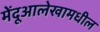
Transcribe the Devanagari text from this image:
मेंदूआलेखामधील